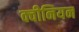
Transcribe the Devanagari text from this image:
क्वीनियन